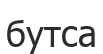
бутса